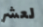
لعشر